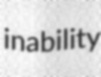
inability